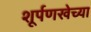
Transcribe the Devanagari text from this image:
शूर्पणखेच्या